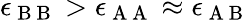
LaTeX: \epsilon_{\mathrm{~B~B~}}>\epsilon_{\mathrm{~A~A~}}\approx\epsilon_{\mathrm{~A~B~}}